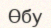
Өбу